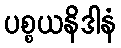
ပစ္စယနိဒါနံ